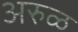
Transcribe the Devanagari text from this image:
अरुळ